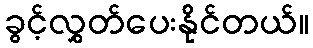
ခွင့်လွှတ်ပေးနိုင်တယ်။